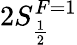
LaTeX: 2S_{\frac{1}{2}}^{F=1}